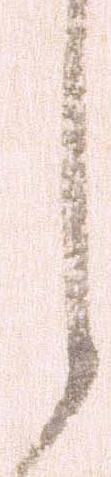
し